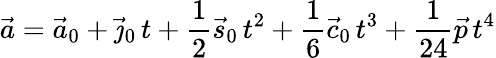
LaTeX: {\vec{a}}={\vec{a}}_{0}+{\vec{\jmath}}_{0}\, t+{\frac{1}{2}}{\vec{s}}_{0}\, t^{2}+{\frac{1}{6}}{\vec{c}}_{0}\, t^{3}+{\frac{1}{24}}{\vec{p}}\, t^{4}